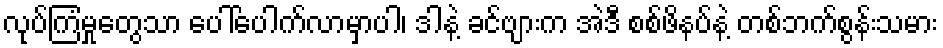
လုပ်ကြံမှုတွေသာ ပေါ်ပေါက်လာမှာပါ၊ ဒါနဲ့ ခင်ဗျားက အဲဒီ စစ်ဖိနပ်နဲ့ တစ်ဘက်စွန်းသမား